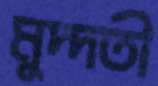
মুদ্দতী